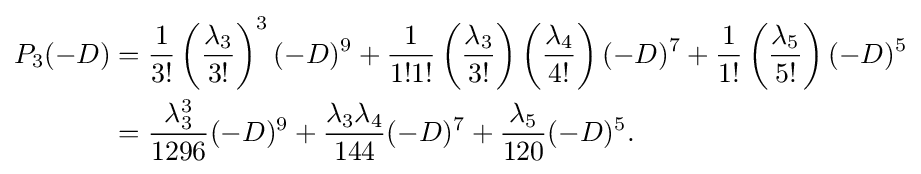
{\begin{aligned}P_{3}(-D)&={\frac {1}{3!}}\left({\frac {\lambda _{3}}{3!}}\right)^{3}(-D)^{9}+{\frac {1}{1!1!}}\left({\frac {\lambda _{3}}{3!}}\right)\left({\frac {\lambda _{4}}{4!}}\right)(-D)^{7}+{\frac {1}{1!}}\left({\frac {\lambda _{5}}{5!}}\right)(-D)^{5}\\&={\frac {\lambda _{3}^{3}}{1296}}(-D)^{9}+{\frac {\lambda _{3}\lambda _{4}}{144}}(-D)^{7}+{\frac {\lambda _{5}}{120}}(-D)^{5}.\end{aligned}}